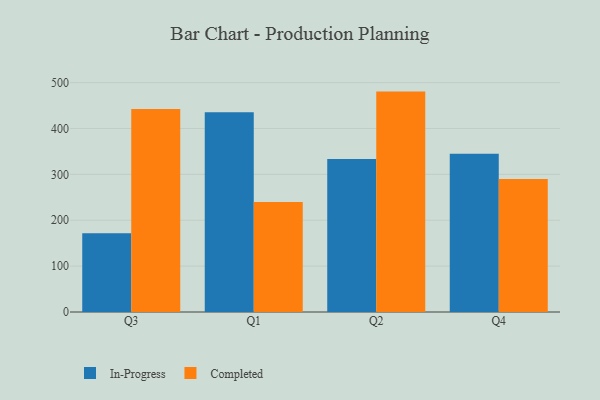
{"axis": {"x": "Quarter", "y": "Page Views"}, "legend": ["Completed", "In-Progress"], "data": [{"x": "Q3", "y": 171.9, "type": "In-Progress"}, {"x": "Q3", "y": 442.7, "type": "Completed"}, {"x": "Q1", "y": 435.4, "type": "In-Progress"}, {"x": "Q1", "y": 239.7, "type": "Completed"}, {"x": "Q2", "y": 333.6, "type": "In-Progress"}, {"x": "Q2", "y": 480.4, "type": "Completed"}, {"x": "Q4", "y": 345.0, "type": "In-Progress"}, {"x": "Q4", "y": 290.1, "type": "Completed"}]}